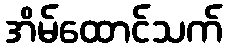
အိမ်ထောင်သက်